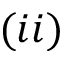
( i i )